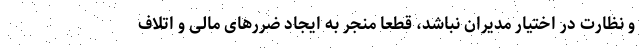
و نظارت در اختیار مدیران نباشد، قطعا منجر به ایجاد ضررهای مالی و اتلاف